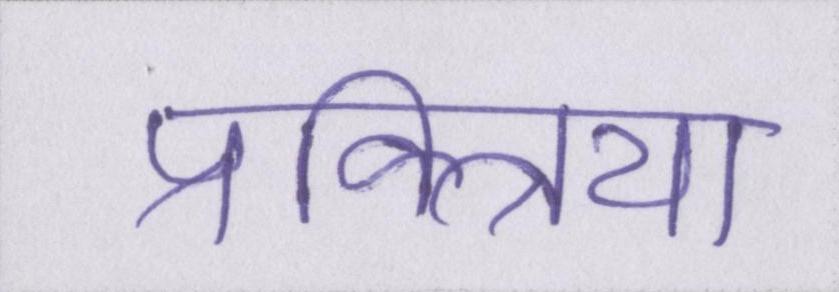
प्रक्त्रिया